Report of an investigation into the causes of the diseases known in Assam as Kála-Azár and Beri-Beri
Disease focus: Beri-Beri
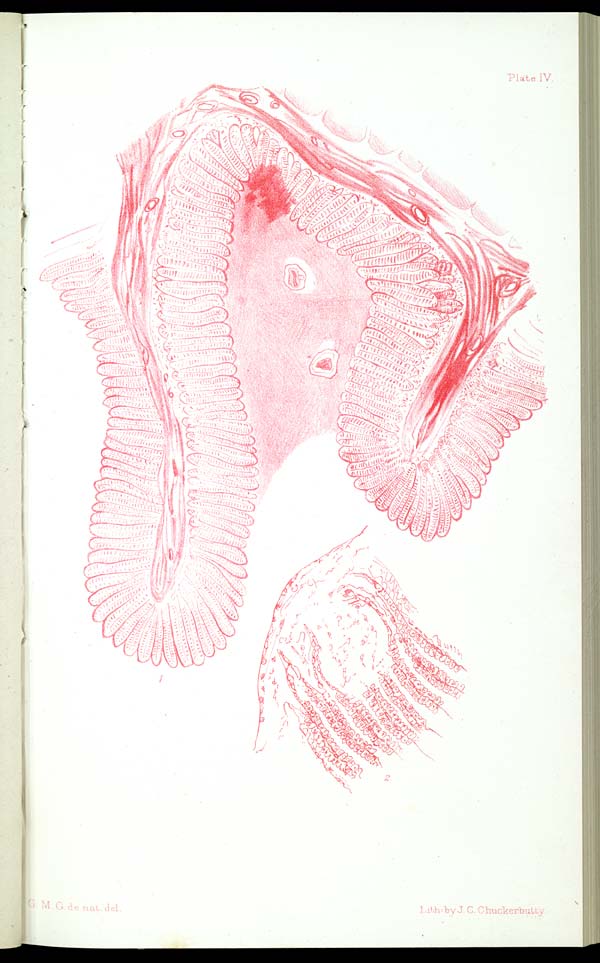
Plate IV.
G. M. G. de nat. del.
Lith:
J. C. Chuckerbutty.